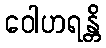
ဝေါဟရန္တိ